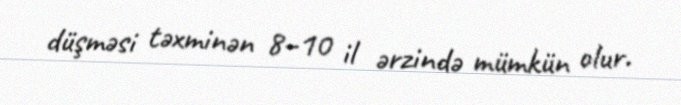
düşməsi təxminən 8–10 il ərzində mümkün olur.